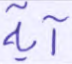
آية